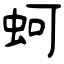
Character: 蚵